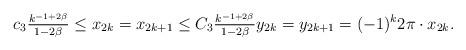
LaTeX: \begin{align*}c_{3}\tfrac{k^{-1+2\beta}}{1-2\beta}\leq x_{2k}= x_{2k+1}\leq C_{3} \tfrac{k^{-1+2\beta}}{1-2\beta} y_{2k}=y_{2k+1}=(-1)^{k}2\pi\cdot x_{2k}.\end{align*}